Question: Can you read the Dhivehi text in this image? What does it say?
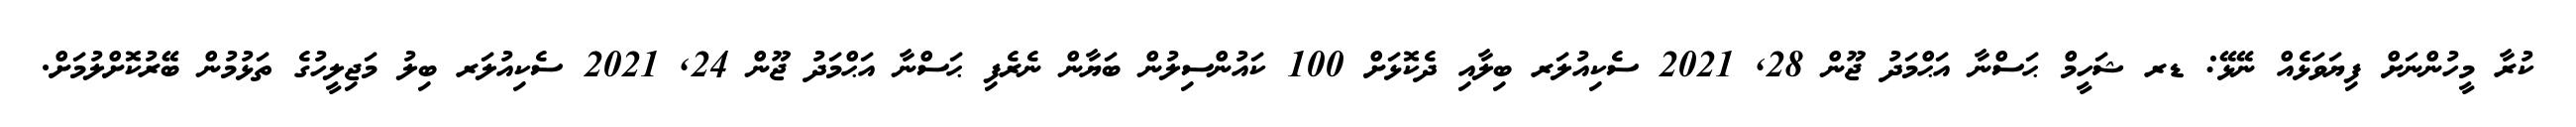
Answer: ކުރާ މީހުންނަށް ފިޔަވަޅެއް ނޭޅޭ: ޑރ ޝަހީމް ޙަސްނާ އަޙްމަދު ޖޫން 28, 2021 ސެކިއުލަރ ބިލާއި ދެކޮޅަށް 100 ކައުންސިލުން ބަޔާން ނެރެފި ޙަސްނާ އަޙްމަދު ޖޫން 24, 2021 ސެކިއުލަރ ބިލު މަޖިލީހުގެ ތަޅުމުން ބޭރުކޮށްލުމަށް.